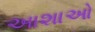
આશાઓ